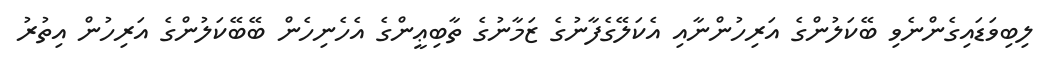
ލިބިވަޑައިގެންނެވި ބޭކަލުންގެ އަރިހުންނާއި އެކަލޭގެފާނުގެ ޒަމާނުގެ ތާބިޢީންގެ އެހެނިހެން ބޭބޭކަލުންގެ އަރިހުން އިތުރު